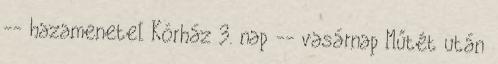
-- hazamenetel Kórház 3. nap -- vasárnap Műtét után